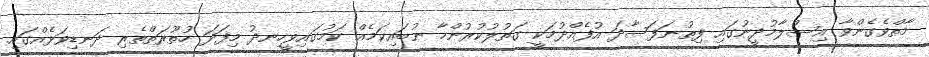
މާތްވެގެންވާ އިސްލާމުދީނުގައި ފިތުނަފަސާދަ އުފެއްދުމަކީ ގަތުލުކުރުންހާ ނުބައިކަމެއް ކަމުގައިވީހިނދު މިފަދަ ހުތޫރަތްތެރި ދަނޑިވަޅެއްގައި